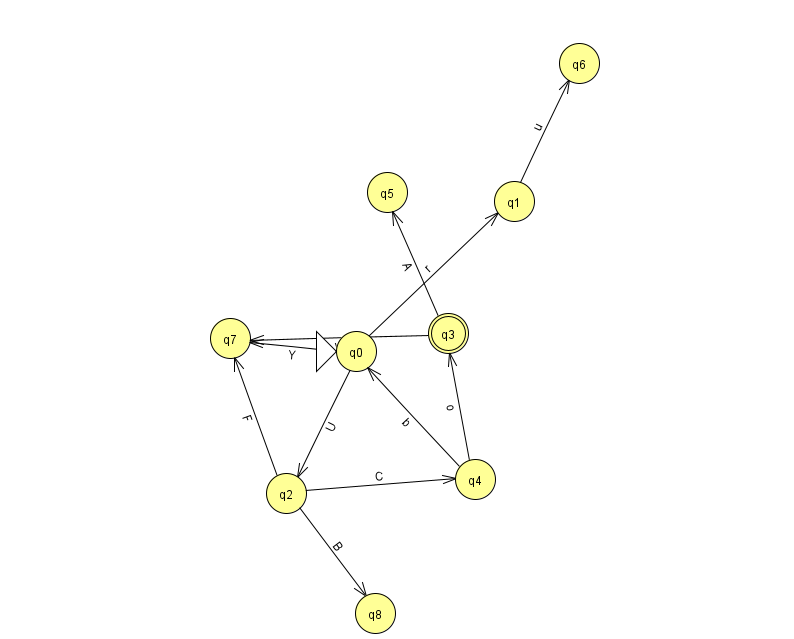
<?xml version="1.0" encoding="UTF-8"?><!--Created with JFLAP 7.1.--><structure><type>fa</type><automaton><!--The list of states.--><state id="0" name="q0"><x>356.0</x><y>338.0</y><initial/></state><state id="1" name="q1"><x>514.0</x><y>188.0</y></state><state id="2" name="q2"><x>286.0</x><y>480.0</y></state><state id="3" name="q3"><x>448.0</x><y>320.0</y><final/></state><state id="4" name="q4"><x>475.0</x><y>466.0</y></state><state id="5" name="q5"><x>387.0</x><y>179.0</y></state><state id="6" name="q6"><x>579.0</x><y>50.0</y></state><state id="7" name="q7"><x>230.0</x><y>325.0</y></state><state id="8" name="q8"><x>375.0</x><y>600.0</y></state><!--The list of transitions.--><transition><from>0</from><to>2</to><read>U</read></transition><transition><from>2</from><to>7</to><read>F</read></transition><transition><from>3</from><to>7</to><read>w</read></transition><transition><from>0</from><to>1</to><read>r</read></transition><transition><from>4</from><to>3</to><read>o</read></transition><transition><from>3</from><to>5</to><read>A</read></transition><transition><from>0</from><to>7</to><read>Y</read></transition><transition><from>1</from><to>6</to><read>u</read></transition><transition><from>2</from><to>4</to><read>C</read></transition><transition><from>4</from><to>0</to><read>b</read></transition><transition><from>2</from><to>8</to><read>B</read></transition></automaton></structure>